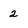
Character: 2